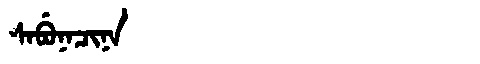
Manchu: ᠰᠠᠪᡠᠨᠠᠴᡳᠨᠠ
Romanization: SABUNACINA